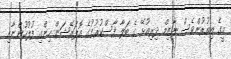
މީގެ އިތުރުންވެސް ނާޒިމް ދިރިއުޅޭ ގެ ބަލާ ފާސްކުރުމުގެ އޮޕަރޭޝަން ހިންގި ފުލުހުންނާއި